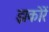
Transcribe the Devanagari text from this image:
झकोरें